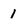
Character: 1